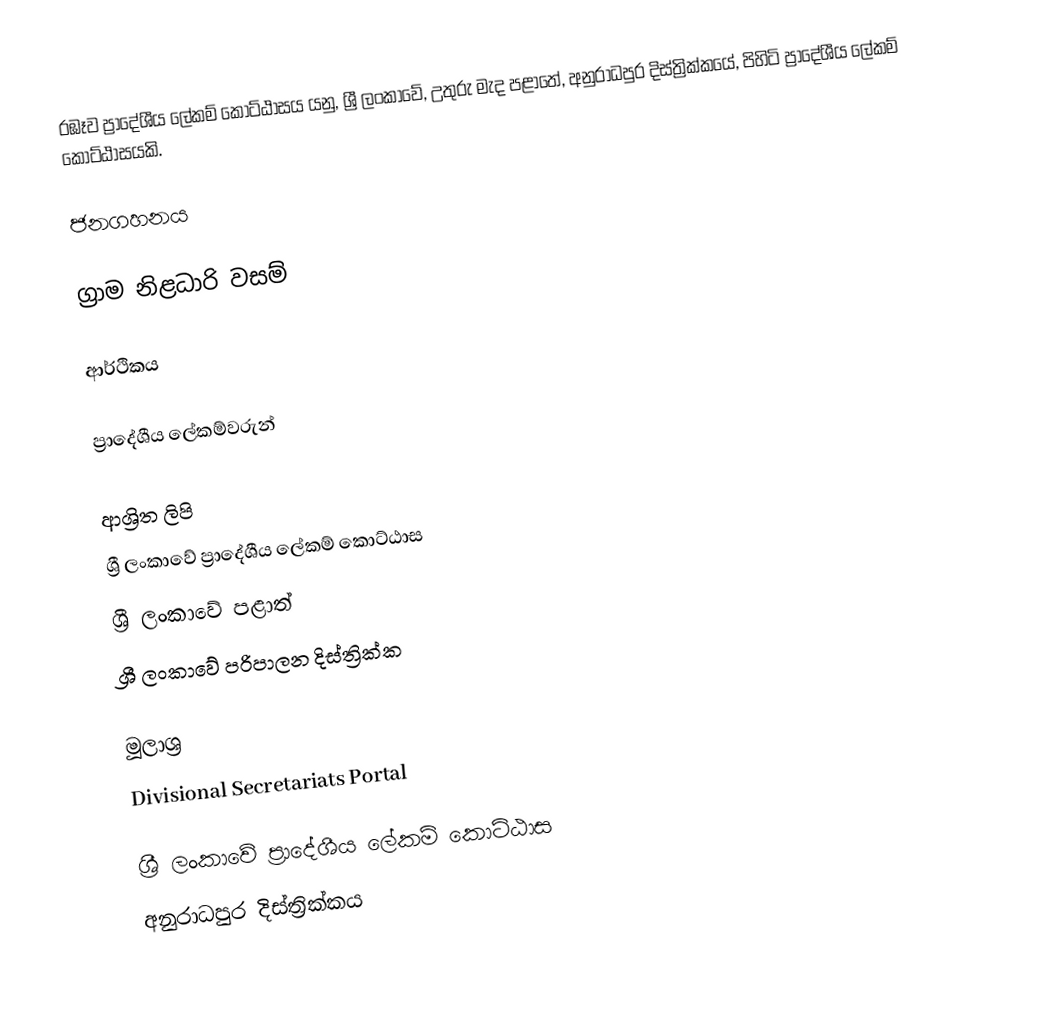
රඹෑව ප්‍රාදේශීය ලේකම් කොට්ඨාසය යනු,  ශ්‍රී ලංකාවේ,  උතුරු මැද පළාතේ,   අනුරාධපුර දිස්ත්‍රික්කයේ, පිහිටි ප්‍රාදේශීය ලේකම් කොට්ඨාසයකි.

ජනගහනය

ග්‍රාම නිළධාරි වසම්

ආර්ථිකය

ප්‍රාදේශීය ලේකම්වරුන්

ආශ්‍රිත ලිපි
ශ්‍රී ලංකාවේ ප්‍රාදේශීය ලේකම් කොට්ඨාස
ශ්‍රී ලංකාවේ පළාත්
ශ්‍රී ලංකාවේ පරිපාලන දිස්ත්‍රික්ක

මූලාශ්‍ර
 Divisional Secretariats Portal

ශ්‍රී ලංකාවේ ප්‍රාදේශීය ලේකම් කොට්ඨාස
අනුරාධපුර දිස්ත්‍රික්කය